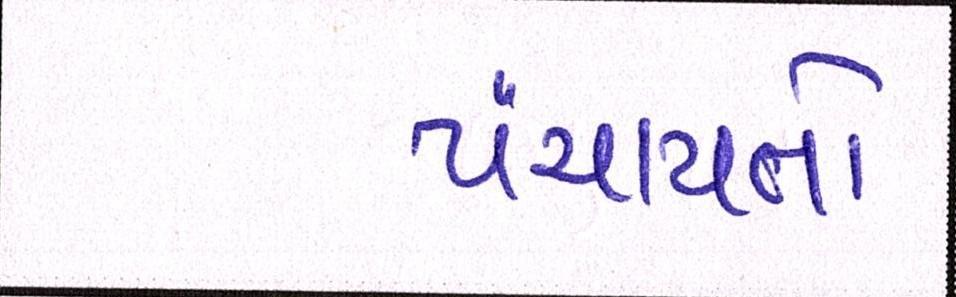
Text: પંચાયતો